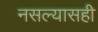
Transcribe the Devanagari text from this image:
नसल्यासही